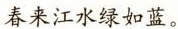
春来江水绿如蓝。